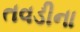
તવડીના